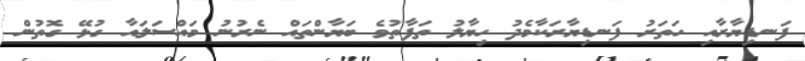
ފަނޑިޔާރާއި ހަތަރު ފަނޑިޔާރަކާމެދު ހިޔާލު ތަފާތުވެ ބަޔާންތައް ނެރުނު މައްސަލައާ ގުޅޭ ގޮތުން